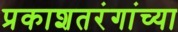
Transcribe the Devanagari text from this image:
प्रकाशतरंगांच्या